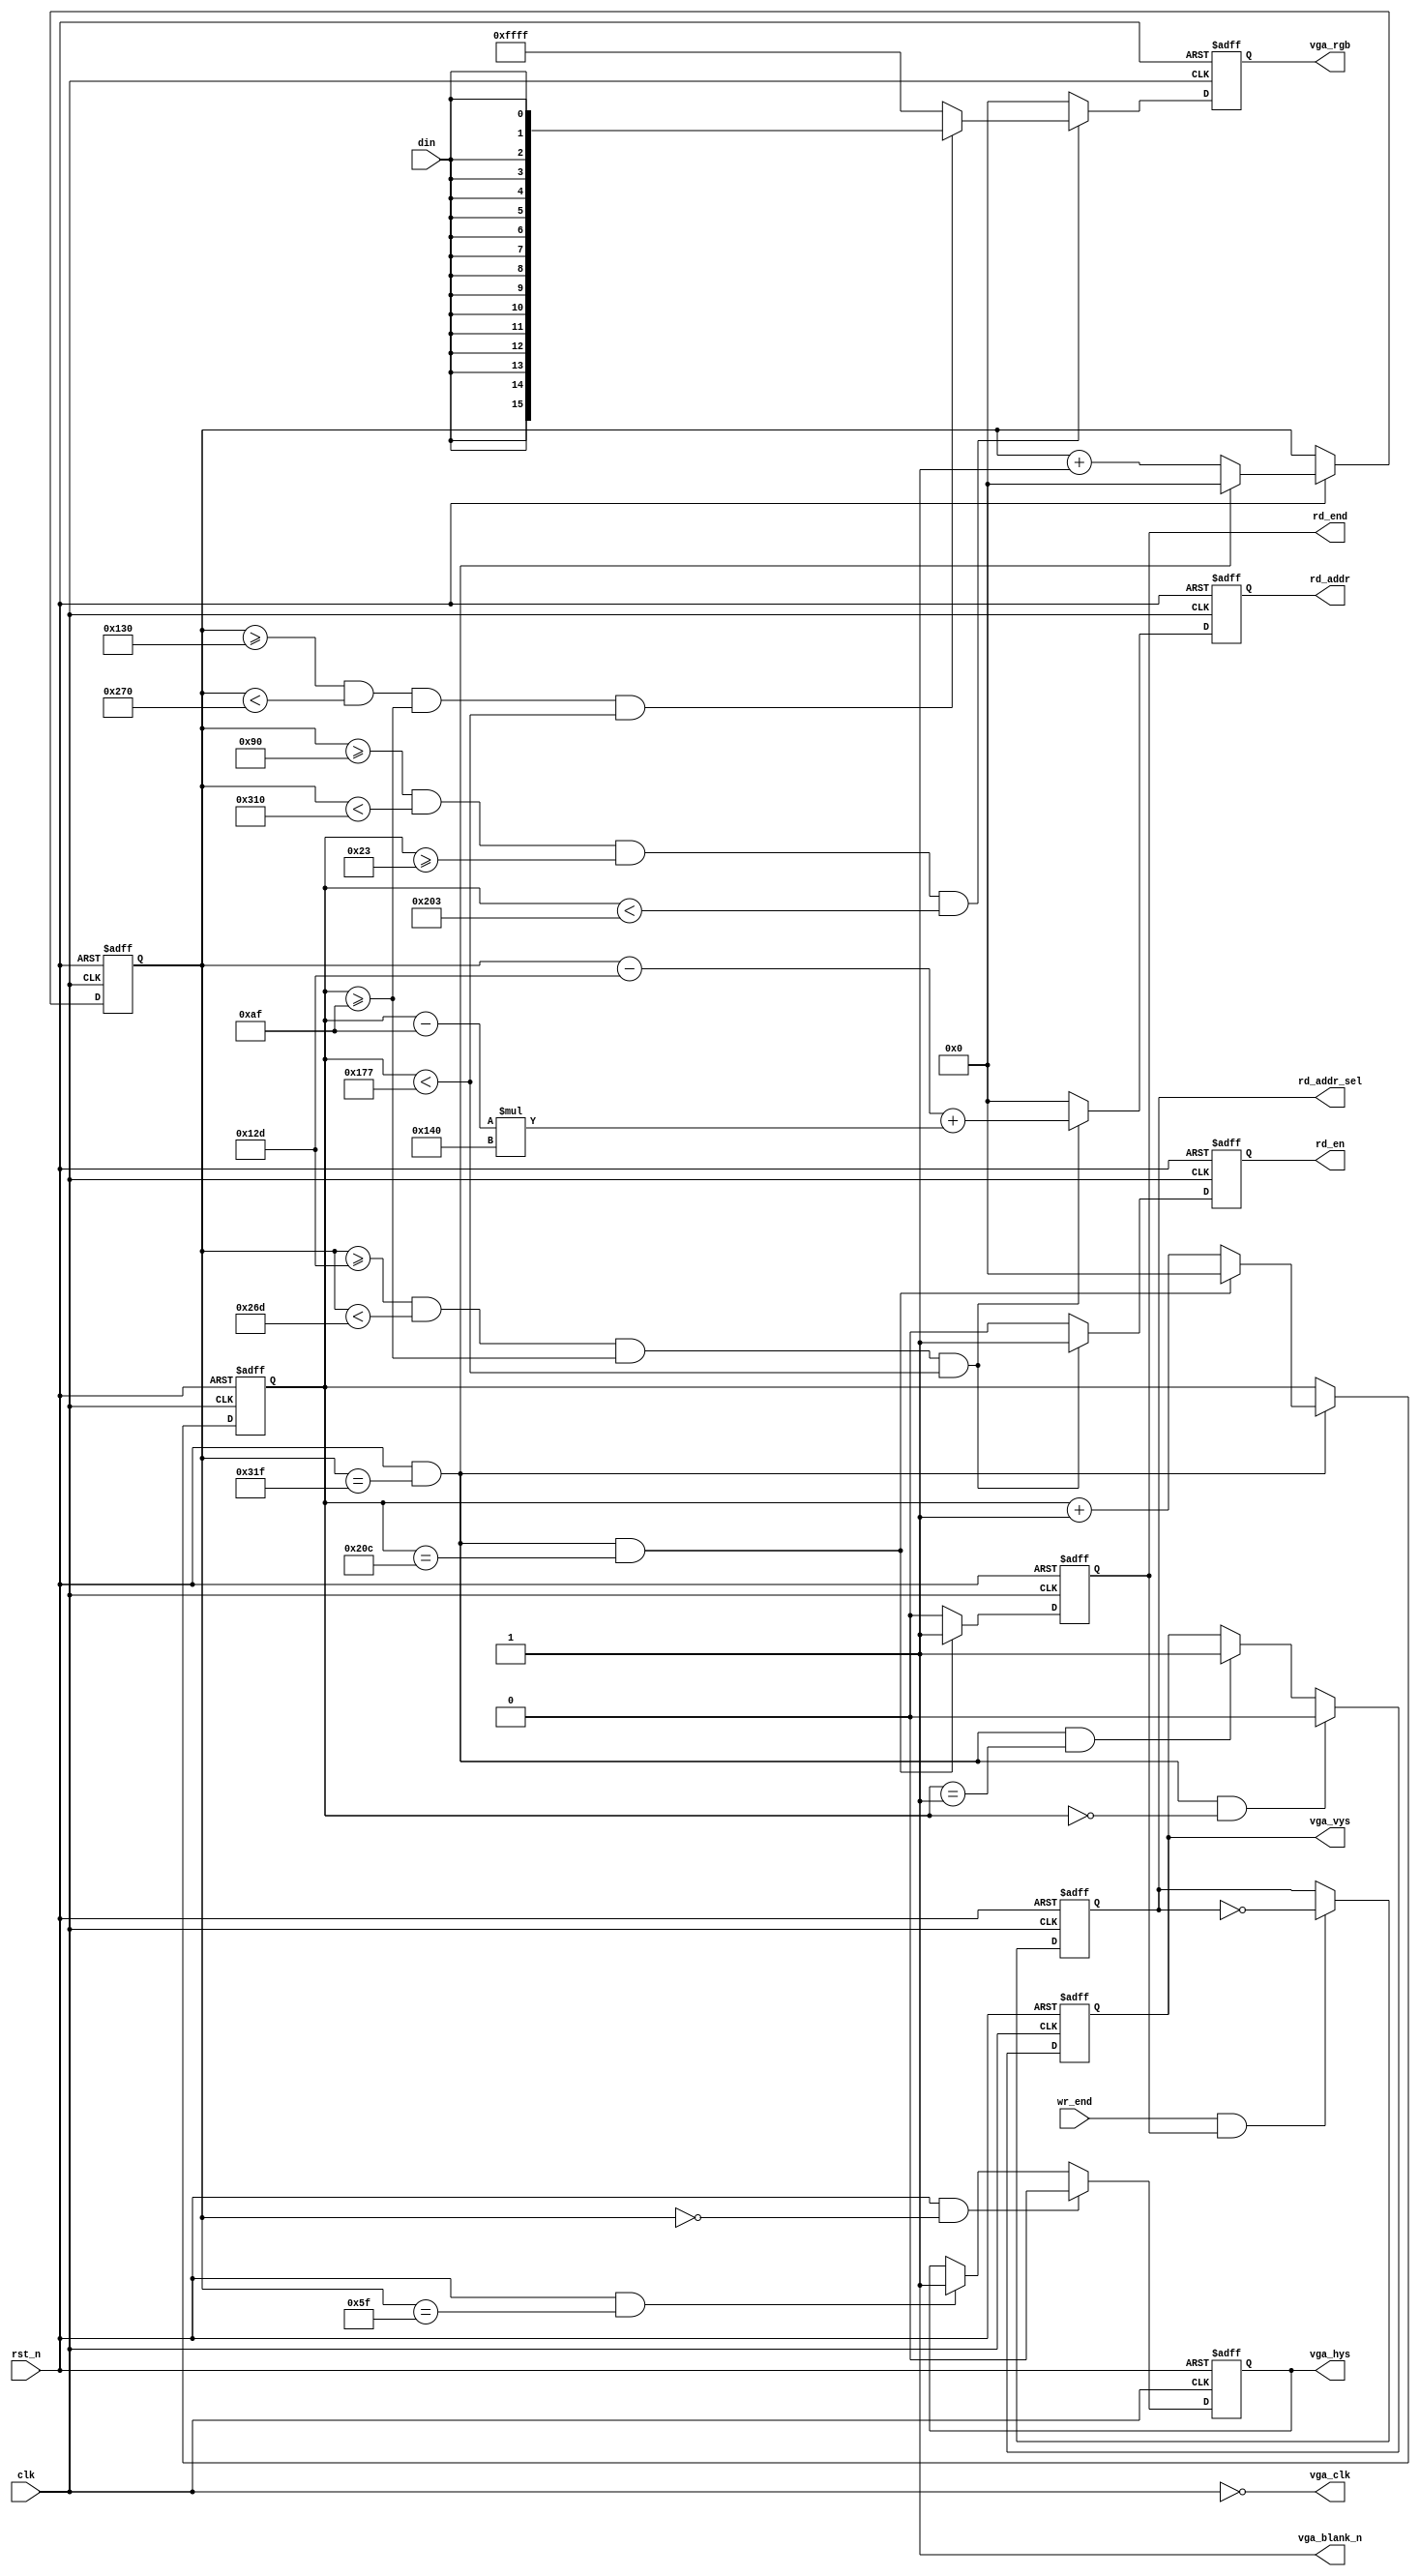
module vga_driver(
    clk         ,
    rst_n       ,
   
    vga_clk     , 
    vga_hys     ,
    vga_vys     ,
    vga_rgb     ,
    vga_blank_n ,
    
    din         ,
    rd_addr     ,
    rd_en       ,

    wr_end      ,
    rd_end      ,
    rd_addr_sel  
);
    parameter       DATA_AHEAD = 8'd3;
    parameter       DATA_W = 8'd16;
    parameter       VGA_WIDTH = 16'd640;    
    parameter       VGA_HSPW = 8'd96;
    parameter       VGA_HBP = 8'd48;
    parameter       VGA_HFP = 8'd16;
    parameter       VGA_HEIGHT = 16'd480;
    parameter       VGA_VSPW = 8'd2;
    parameter       VGA_VBP = 8'd33;
    parameter       VGA_VFP = 8'd10;
    
 //   parameter       DATA_AHEAD = 8'd1;
 //   parameter       DATA_W = 8'd16;
 //   parameter       VGA_WIDTH = 16'd1024;    
 //   parameter       VGA_HSPW = 8'd20;
 //   parameter       VGA_HBP = 8'd218;
 //   parameter       VGA_HFP = 8'd82;
 //   parameter       VGA_HEIGHT = 16'd600;
 //   parameter       VGA_VSPW = 8'd6;
 //   parameter       VGA_VBP = 8'd23;
 //   parameter       VGA_VFP = 8'd37;
    
    localparam      SHOW_WIDTH = 16'd320;
    localparam      SHOW_HEIGHT = 16'd200;
    localparam      SHOW_START_HORIZON = VGA_HSPW + VGA_HBP + ((VGA_WIDTH - SHOW_WIDTH) / 8'd2);
    localparam      SHOW_START_VERTICAL = VGA_VSPW + VGA_VBP + ((VGA_HEIGHT - SHOW_HEIGHT) / 8'd2);

    input                       clk      ;
    input                       rst_n    ;
   
    
    output                      vga_clk;
    output reg                  vga_hys    ;
    output reg                  vga_vys    ;
    output reg  [DATA_W-1:0]    vga_rgb    ;
    output                      vga_blank_n;
    
    input                       din      ;
    input                       wr_end   ;
    output reg  [15:0]          rd_addr    ;
    output reg                  rd_en      ;
    output reg                  rd_end     ;
    output reg                  rd_addr_sel;
    
    wire                        vga_en;
    wire                        show_area_en;

    reg  [15:0]     cnt0;
    wire            add_cnt0;
    wire            end_cnt0;

    reg  [15:0]     cnt1;
    wire            add_cnt1;
    wire            end_cnt1;


    assign vga_clk = ~clk;
    assign vga_blank_n = 1'b1;

    always @(posedge clk or negedge rst_n)begin
        if(!rst_n)begin
            cnt0 <= 0;
        end
        else if(add_cnt0)begin
            if(end_cnt0)
                cnt0 <= 0;
            else
                cnt0 <= cnt0 + 1'b1;
        end
    end

    assign add_cnt0 = (rst_n == 1'b1);
    assign end_cnt0 = add_cnt0 && cnt0== (VGA_HSPW + VGA_HBP + VGA_WIDTH + VGA_HFP - 1);

    always @(posedge clk or negedge rst_n)begin 
        if(!rst_n)begin
            cnt1 <= 0;
        end
        else if(add_cnt1)begin
            if(end_cnt1)
                cnt1 <= 0;
            else
                cnt1 <= cnt1 + 1'b1;
        end
    end

    assign add_cnt1 = end_cnt0;
    assign end_cnt1 = add_cnt1 && cnt1== (VGA_VSPW + VGA_VBP + VGA_HEIGHT + VGA_VFP - 1);

    always  @(posedge clk or negedge rst_n)begin
        if(rst_n==1'b0)begin
            vga_hys <= 1'b1;
        end
        else if(add_cnt0 && cnt0 == (1 - 1))begin
            vga_hys <= 1'b0;
        end
        else if(add_cnt0 && cnt0 == (VGA_HSPW - 1))begin
            vga_hys <= 1'b1;
        end
    end

    always  @(posedge clk or negedge rst_n)begin
        if(rst_n==1'b0)begin
            vga_vys <= 1'b1;
        end
        else if(add_cnt1 && cnt1 == (1 - 1))begin
            vga_vys <= 1'b0;
        end
        else if(add_cnt1 && cnt1 == (VGA_VSPW - 1))begin
            vga_vys <= 1'b1;
        end
    end


   assign vga_en = cnt0 >= (VGA_HSPW + VGA_HBP) 
                            && cnt0 < (VGA_HSPW + VGA_HBP + VGA_WIDTH)
                            && cnt1 >= (VGA_VSPW + VGA_VBP) 
                            && cnt1 < (VGA_VSPW + VGA_VBP + VGA_HEIGHT);

   assign show_area_en = cnt0 >= SHOW_START_HORIZON && cnt0 < (SHOW_START_HORIZON + SHOW_WIDTH)
                            && cnt1 >= SHOW_START_VERTICAL && cnt1 < (SHOW_START_VERTICAL + SHOW_HEIGHT);
   always  @(posedge clk or negedge rst_n)begin
       if(rst_n==1'b0)begin
           vga_rgb <= {DATA_W{1'b0}};
       end
       else if(vga_en)begin
            if(show_area_en)begin
                vga_rgb <= {16{din}};
            end 
            else begin
                vga_rgb <= 16'hFFFF;
            end
       end
       else begin
           vga_rgb <= {DATA_W{1'b0}};
       end
   end


   always  @(posedge clk or negedge rst_n)begin
        if(rst_n==1'b0)begin
            rd_addr <= 16'h0000;
        end
        else if(cnt0 >= (SHOW_START_HORIZON - DATA_AHEAD)
                && cnt0 < (SHOW_START_HORIZON- DATA_AHEAD + SHOW_WIDTH)
                && cnt1 >= SHOW_START_VERTICAL 
                && cnt1 < (SHOW_START_VERTICAL + SHOW_HEIGHT))begin
            rd_addr <= (cnt0 - (SHOW_START_HORIZON - DATA_AHEAD)) + ((cnt1 - SHOW_START_VERTICAL) * SHOW_WIDTH);
        end
        else begin
            rd_addr <= 16'h0000;
        end
    end

    always  @(posedge clk or negedge rst_n)begin
        if(rst_n==1'b0)begin
            rd_en <= 1'b0;
        end
        else if(cnt0 >= (SHOW_START_HORIZON - DATA_AHEAD)
                && cnt0 < (SHOW_START_HORIZON- DATA_AHEAD + SHOW_WIDTH)
                && cnt1 >= SHOW_START_VERTICAL 
                && cnt1 < (SHOW_START_VERTICAL + SHOW_HEIGHT))begin
            rd_en <= 1'b1;
        end
        else begin
            rd_en <= 1'b0;
        end
    end

    always  @(posedge clk or negedge rst_n)begin
        if(rst_n==1'b0)begin
            rd_end <= 1'b0;
        end
        else if(end_cnt1)begin
            rd_end <= 1'b1;
        end
        else begin
            rd_end <= 1'b0;
        end
    end

    always  @(posedge clk or negedge rst_n)begin
        if(rst_n==1'b0)begin
            rd_addr_sel <= 1'b0;
        end
        else if(wr_end && rd_end)begin
            rd_addr_sel <= ~rd_addr_sel;
        end
    end

endmodule